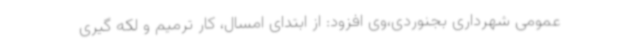
عمومی شهرداری بجنوردی،وی افزود: از ابتدای امسال، کار ترمیم و لکه گیری